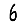
Digit: 6